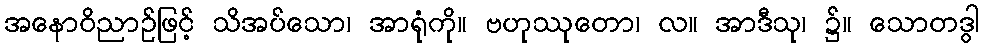
အနောဝိညာဉ်ဖြင့် သိအပ်သော၊ အာရုံကို။ ဗဟုဿုတော၊ လ။ အာဒီသု၊ ၌။ သောတဒွါ